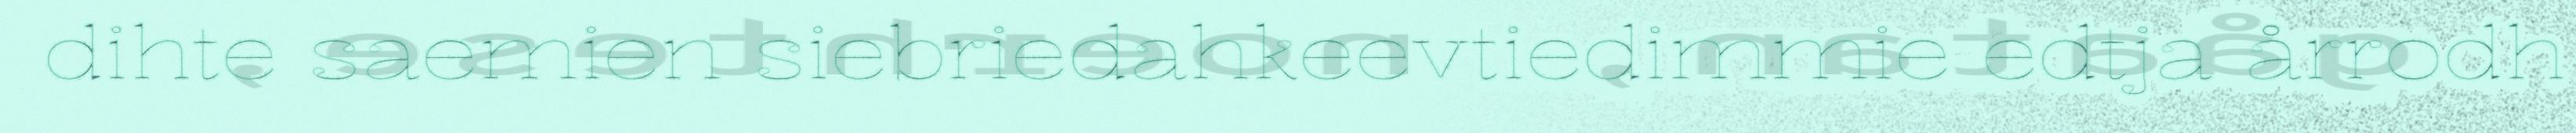
dihte saemien siebriedahkeevtiedimmie edtja årrodh